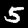
Digit: 5